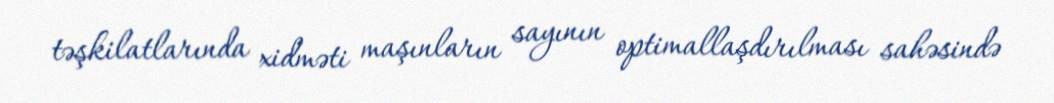
təşkilatlarında xidməti maşınların sayının optimallaşdırılması sahəsində